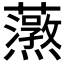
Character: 𬟚